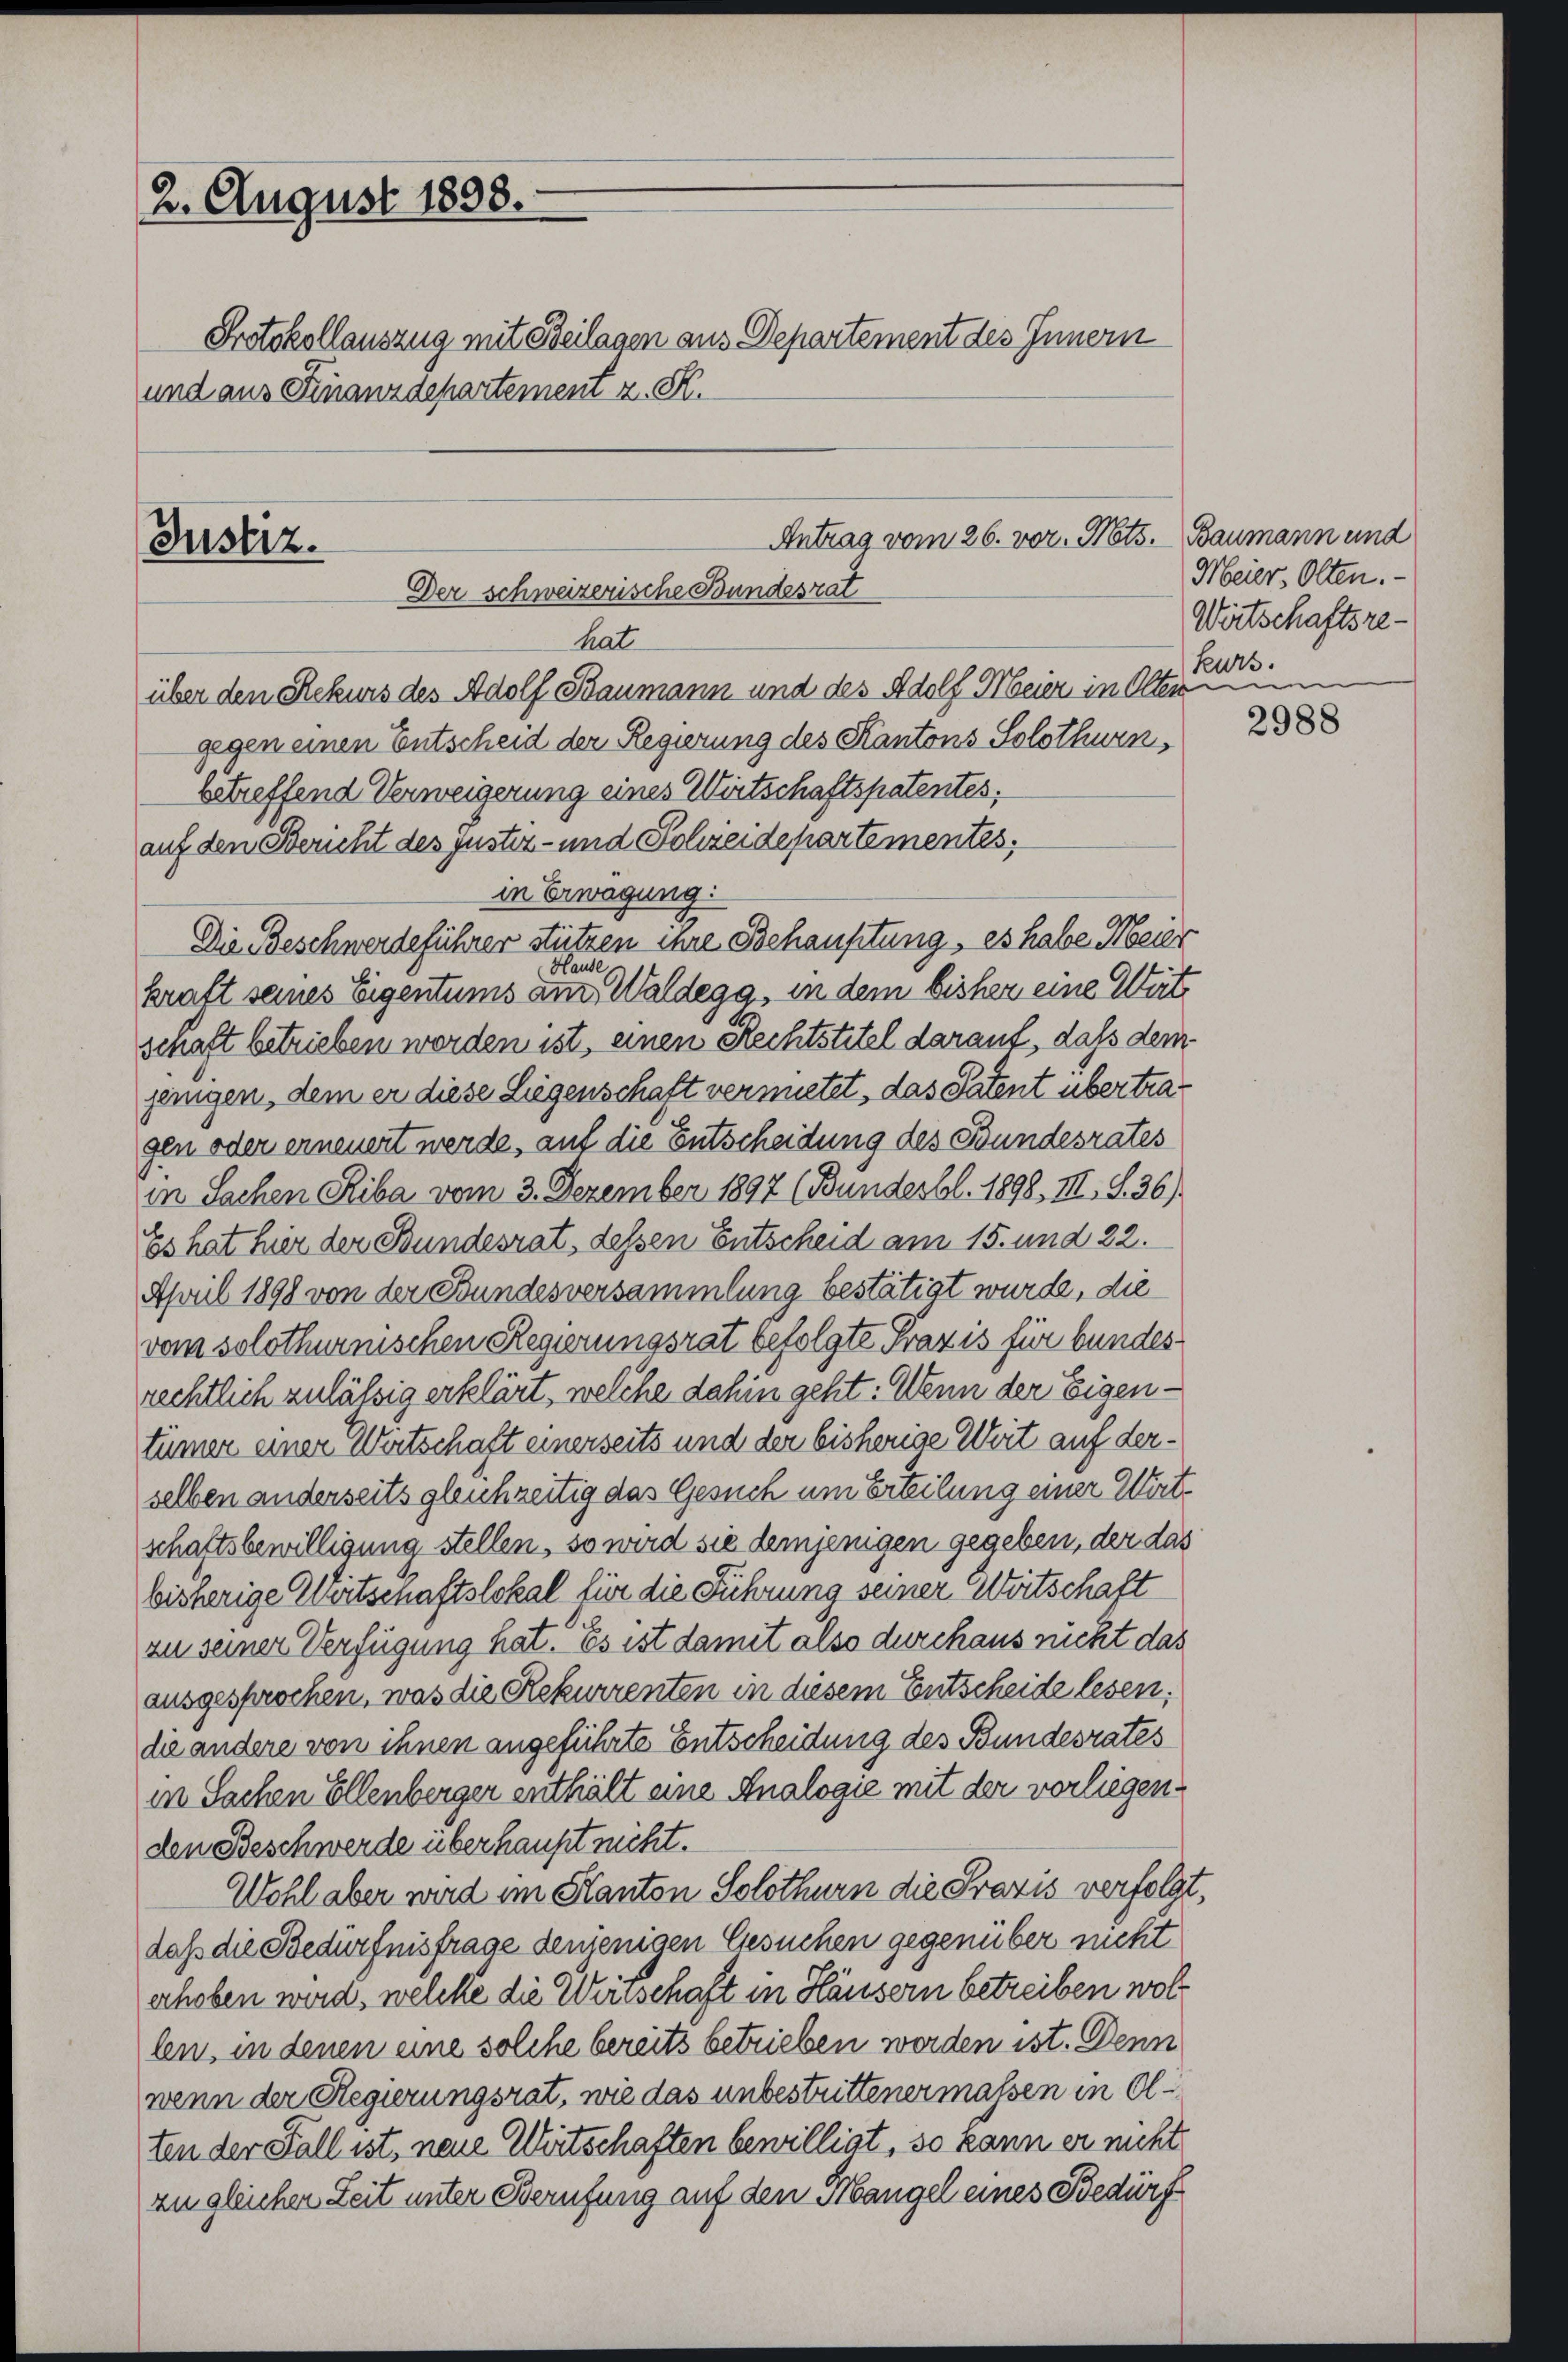
2. August 1898.
Protokollauszug mit Beilagen aus Departement des Innern
und aus Finanzdepartement z. R.

Antrag vom 26. vor. Mts.
Justiz.
Der schweizerische Bundesrat
hat

über den Rekurs des Adolf Baumann und des Adolf Meier in Altern nu
gegen einen Entscheid der Regierung des Kantons Solothurn,
betreffend Verweigerung eines Wirtschaftspatentes.
auf den Bericht des justiz- und Schreidepartementes,
in Erwägung:
Die Beschwerdeführer stützen ihre Behaufitung, es habe Meier
Hause
kraft seines Eigentums am Waldega, in dem bisher eine Wirt
schaft betrieben worden ist, einen Rechtstitel darauf, dass dem
jenigen, dem er diese Liegenschaft vermietet, das Patent übertragen oder erneuert werde, auf die Entscheidung des Bundesrates
in Sachen Riba vom 3. Dezember 1897 (Bundesbl. 1898, III, S. 36)
Es hat hier der Bundesrat, dessen Entscheid am 15. und 22.
April 1898 von der Bundesversammlung bestätigt wurde, die
vom solothurnischen Regierungsrat befolgte Praxis für bundesrechtlich zulässig erklärt, welche dahin geht: Wenn der Eigentümer einer Wirtschaft einerseits und der bisherige Weit auf derselben anderseits gleichzeitig das Gesuch um Erteilung einer Wirtschaftsbewilligung stellen, so wird sie demjenigen gegeben, der das
bisherige Wirtschaftslokal für die Führung seiner Weitschaft
zu seiner Verfügung hat. Es ist damit also durchaus nicht das
ausgesprochen, was die Rekurrenten in diesem Entscheide lesen,
die andere von ihnen angeführte Entscheidung des Bundesrates
in Sachen Ellenberger enthält eine Analogie mit der vorliegenden Beschwerde überhaupt nicht.
Wohl aber wird im Kanton Solothurn die Praxis verfolgt,
daß die Bedürfnisfrage denjenigen Gesuchen gegenüber nicht
erhoben wird, welche die Wirtschaft in Häusern betreiben wollen, in denen eine solche bereits betrieben werden ist. Denn
wenn der Regierungsrat, wie das unbestrittener massen in Olten der Fall ist, neue Wirtschaften bewilligt, so kann er nicht
zu gleichen Zeit unter Berufung auf den Mangel eines Bedürf

Baumann und
Meier, Olten.
Wirtschaftsrekurs.

2988